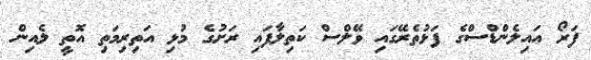
ފަރޯ އައިލެންޑްސްގެ ފަޅުތެެރޭގައި ވޭލްސް ކަތިލާފައި ރަށުގެ މުޅި އަތިރިމަތި އޮތީ ލެއިން